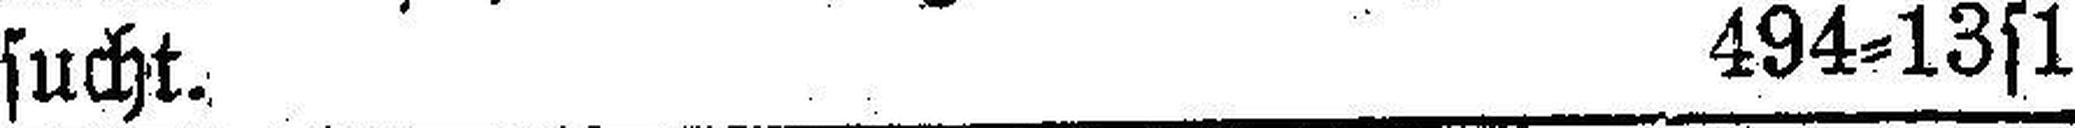
sucht. 494=13s1